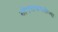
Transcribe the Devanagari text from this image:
शोषणाबाबतीच्या